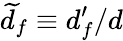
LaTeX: \widetilde{d}_{f}\equiv d_{f}^{\prime}/d